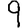
Digit: 9